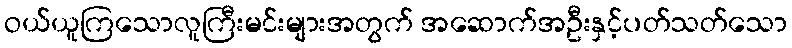
ဝယ်ယူကြသောလူကြီးမင်းများအတွက် အဆောက်အဦးနှင့်ပတ်သတ်သော